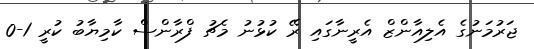
ޖަރުމަނުގެ އެލިއާންޒް އެރީނާގައި ރޭ ކުޅުނު މެޗު ފްރާންސް ކާމިޔާބު ކުރީ 1-0